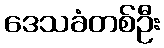
ဒေသခံတစ်ဦး